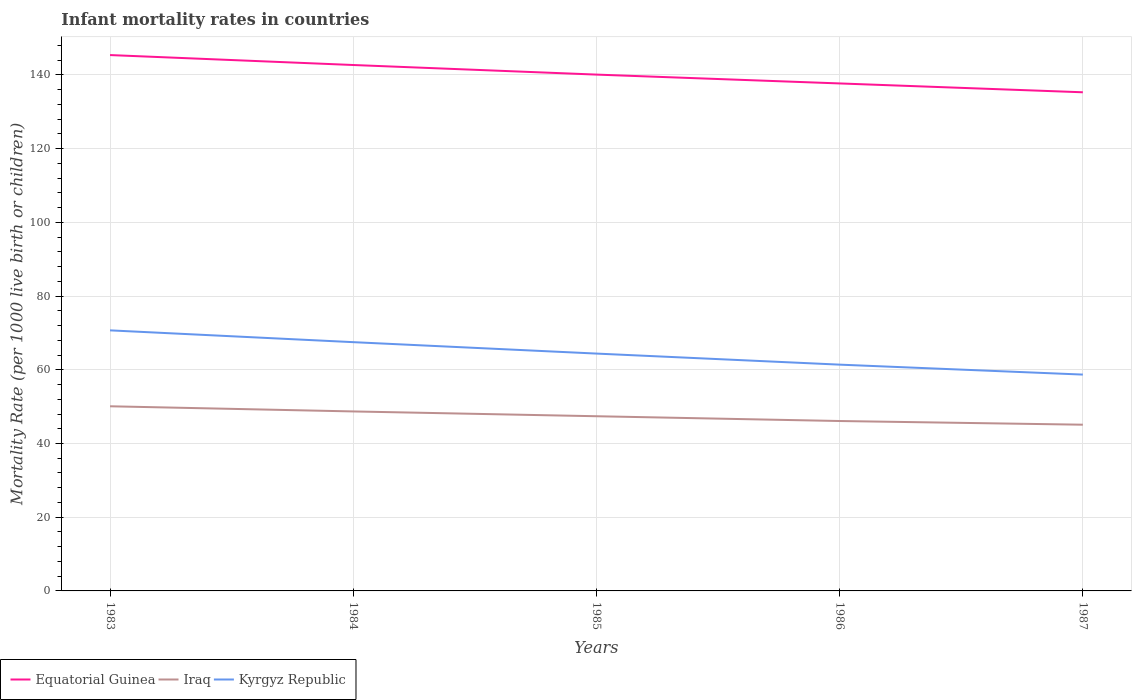
| Years | Equatorial Guinea | Iraq | Kyrgyz Republic |
 | --- | --- | --- | --- |
 | 1983 | 145 | 50.1 | 70.7 |
 | 1984 | 143 | 48.7 | 67.5 |
 | 1985 | 140 | 47.4 | 64.4 |
 | 1986 | 138 | 46.1 | 61.4 |
 | 1987 | 135 | 45.1 | 58.7 |